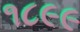
૧૮૯૯